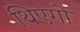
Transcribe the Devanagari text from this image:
थिएगो